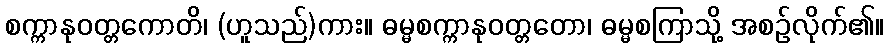
စက္ကာနုဝတ္တကောတိ၊ (ဟူသည်)ကား။ ဓမ္မစက္ကာနုဝတ္တတော၊ ဓမ္မစကြာသို့ အစဉ်လိုက်၏။